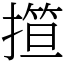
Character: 𢴈